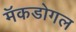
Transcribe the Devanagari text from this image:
मॅकडोगल